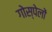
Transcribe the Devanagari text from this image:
गोस्पेलों